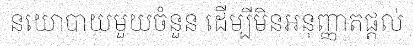
នយោបាយមួយចំនួន ដើម្បីមិនអនុញ្ញាតផ្តល់